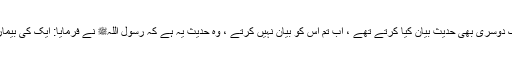
تم اس حدیث کے ساتھ ایک دوسری بھی حدیث بیان کیا کرتے تھے ، اب تم اس کو بیان نہیں کرتے ، وہ حدیث یہ ہے کہ رسول اللہﷺ نے فرمایا: ایک کی بیماری دوسرے کو نہیں لگتی۔